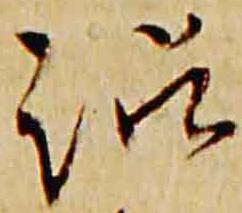
訟